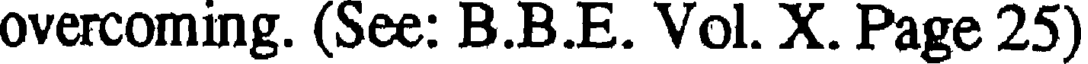
overcoming. (See: B.B.E. Vol. X. Page 25)